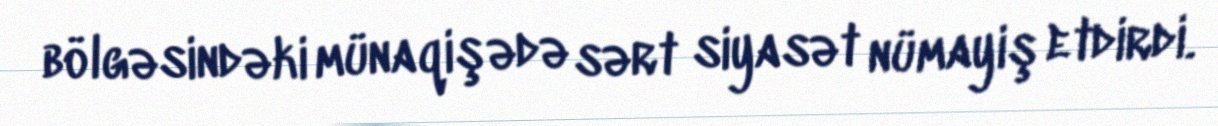
bölgəsindəki münaqişədə sərt siyasət nümayiş etdirdi.